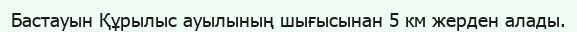
Бастауын Құрылыс ауылының шығысынан 5 км жерден алады.